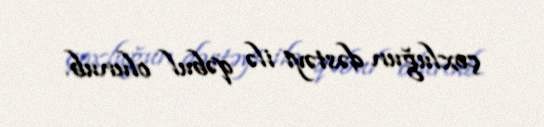
çoxluğun dəstəyi ilə qəbul olunub.